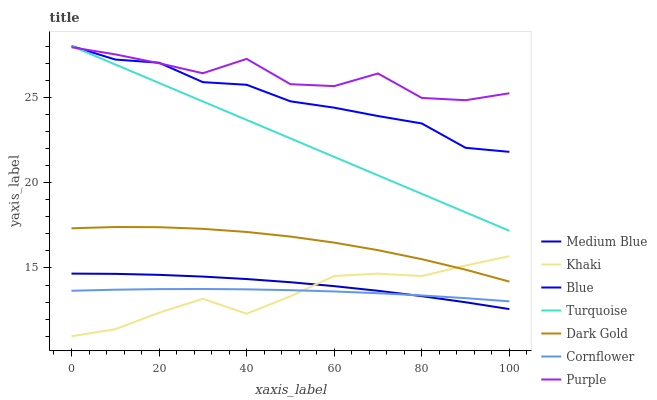
| xaxis_label | Medium Blue | Khaki | Blue | Turquoise | Dark Gold | Cornflower | Purple |
 | --- | --- | --- | --- | --- | --- | --- | --- |
 | 0 | 14.7 | 11 | 28 | 28 | 17.3 | 13.7 | 27.9 |
 | 10 | 14.7 | 11.4 | 27.2 | 26.9 | 17.4 | 13.7 | 27.5 |
 | 20 | 14.6 | 12.4 | 27 | 25.8 | 17.4 | 13.8 | 27 |
 | 30 | 14.5 | 13.2 | 25.9 | 24.8 | 17.3 | 13.8 | 26.4 |
 | 40 | 14.4 | 12.3 | 25.7 | 23.7 | 17.1 | 13.7 | 27.2 |
 | 50 | 14.2 | 13.3 | 24.8 | 22.6 | 16.8 | 13.7 | 25.8 |
 | 60 | 13.9 | 14.5 | 24.4 | 21.5 | 16.5 | 13.6 | 25.7 |
 | 70 | 13.7 | 14.7 | 23.9 | 20.4 | 16 | 13.5 | 26.4 |
 | 80 | 13.3 | 14.5 | 23.5 | 19.3 | 15.5 | 13.4 | 25 |
 | 90 | 13 | 15.1 | 22 | 18.3 | 14.9 | 13.2 | 24.8 |
 | 100 | 12.6 | 15.7 | 21.8 | 17.2 | 14.2 | 13 | 25.2 |